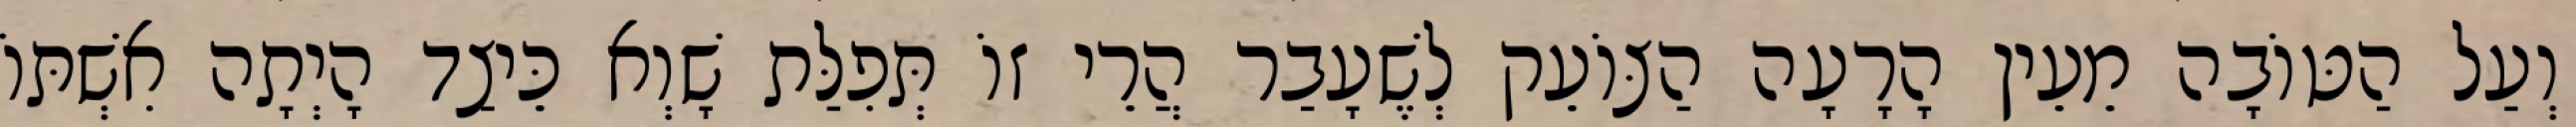
וְעַל הַטּוֹבָה מֵעֵין הָרָעָה הַצּוֹעֵק לְשֶׁעָבַר הֲרֵי זוֹ תְּפִלַּת שָׁוְא כֵּיצַד הָיְתָה אִשְׁתּוֹ